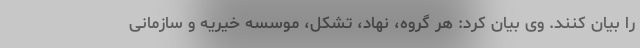
را بیان کنند. وی بیان کرد: هر گروه، نهاد، تشکل، موسسه خیریه و سازمانی